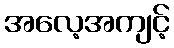
အလေ့အကျင့်